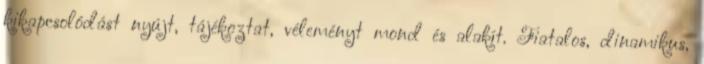
kikapcsolódást nyújt, tájékoztat, véleményt mond és alakít. Fiatalos, dinamikus,